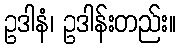
ဥဒါနံ၊ ဥဒါန်းတည်း။